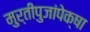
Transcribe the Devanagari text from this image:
मुर्तीपुजांपेक्षा